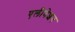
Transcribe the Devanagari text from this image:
एलीवेशन